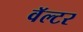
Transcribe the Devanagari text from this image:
वॅल्टर